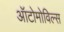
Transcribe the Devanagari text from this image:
ऑटोमोविल्स